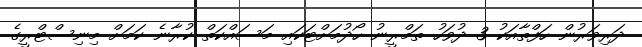
ދަރިވަރުން ހަފްތާއަކު 3 ދުވަހު ތަމްރީނު ހޯދުމަށްޓަކައި މަސައްކަތް ކުރާނެ ކަމަށް މިނިސްޓްރީގެ